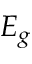
E _ { g }